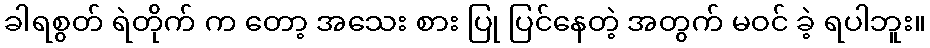
ခါရစွတ် ရဲတိုက် က တော့ အသေး စား ပြု ပြင်နေတဲ့ အတွက် မဝင် ခဲ့ ရပါဘူး။